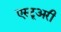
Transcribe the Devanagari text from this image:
एस्टूअरी